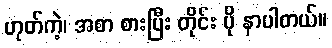
ဟုတ်ကဲ့၊ အစာ စားပြီး တိုင်း ပို နာပါတယ်။